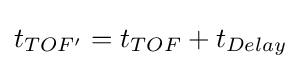
t_{TOF'}=t_{TOF}+t_{Delay}